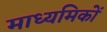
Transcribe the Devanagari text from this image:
माध्यमिकों